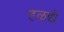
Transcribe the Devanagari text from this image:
हळद्ये